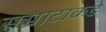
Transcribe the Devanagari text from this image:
सम्राटाकडे